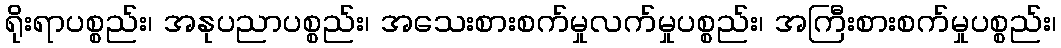
ရိုးရာပစ္စည်း၊ အနုပညာပစ္စည်း၊ အသေးစားစက်မှုလက်မှုပစ္စည်း၊ အကြီးစားစက်မှုပစ္စည်း၊